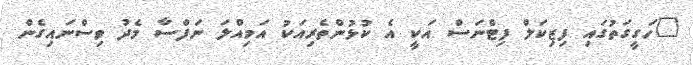
"ހަގީގަތުގައި ފިޒިކަލް ފިޓްނަސް އަކީ އެ ކުޅުންތެރިއަކު އަމިއްލަ ނަފްސާ މެދު ވިސްނައިގެން